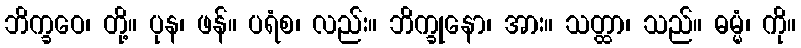
ဘိက္ခဝေ၊ တို့။ ပုန၊ ဖန်။ ပရံစ၊ လည်း။ ဘိက္ခုနော၊ အား။ သတ္ထာ၊ သည်။ ဓမ္မံ၊ ကို။